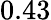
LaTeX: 0.43